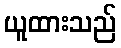
ယူထားသည်